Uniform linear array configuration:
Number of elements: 48
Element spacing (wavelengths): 0.75
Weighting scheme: kaiser
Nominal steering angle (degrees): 15
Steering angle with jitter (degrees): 16.764
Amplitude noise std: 0.05
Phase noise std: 0.05

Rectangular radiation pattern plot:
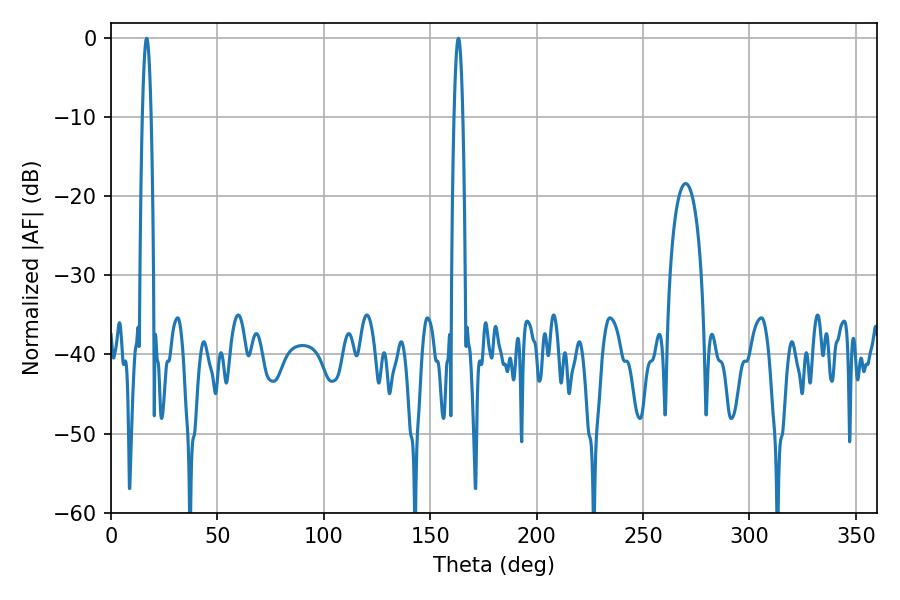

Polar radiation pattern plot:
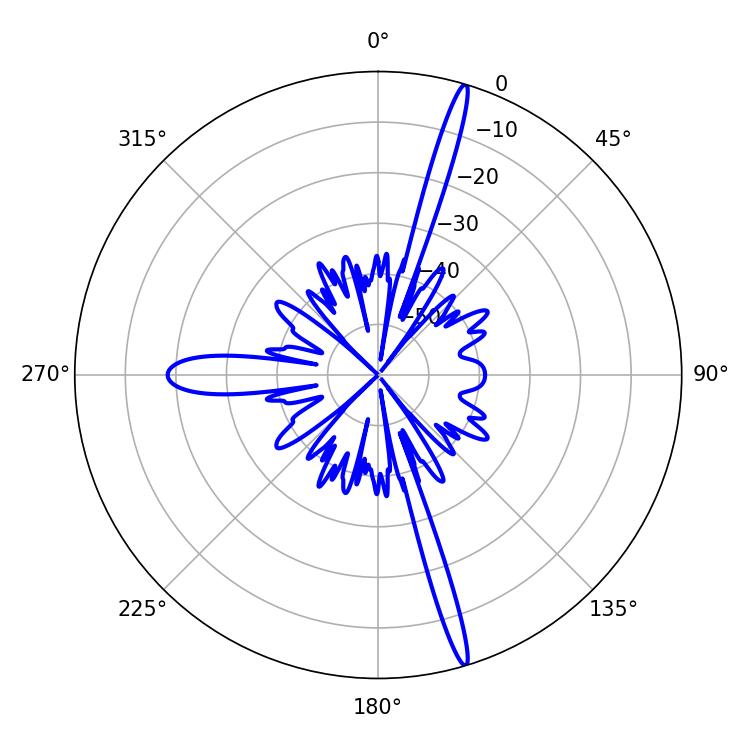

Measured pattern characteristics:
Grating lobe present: TRUE
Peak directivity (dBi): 19.42
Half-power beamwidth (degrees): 2.16
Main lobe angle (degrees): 163.26